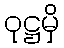
ဝုဋ္ဌမှိ